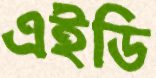
এইডি